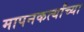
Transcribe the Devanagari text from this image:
मापनकर्त्यांच्या